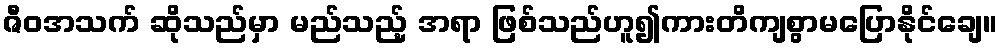
ဇီဝအသက် ဆိုသည်မှာ မည်သည့် အရာ ဖြစ်သည်ဟူ၍ကားတိကျစွာမပြောနိုင်ချေ။